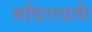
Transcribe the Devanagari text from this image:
मदिरावती